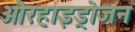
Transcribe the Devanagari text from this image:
औरहाइड्रोजन